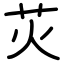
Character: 苂